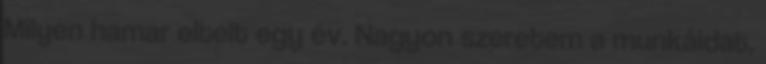
Milyen hamar eltelt egy év. Nagyon szeretem a munkáidat,